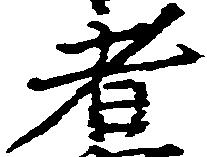
者